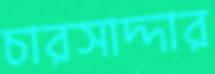
চারসাদ্দার